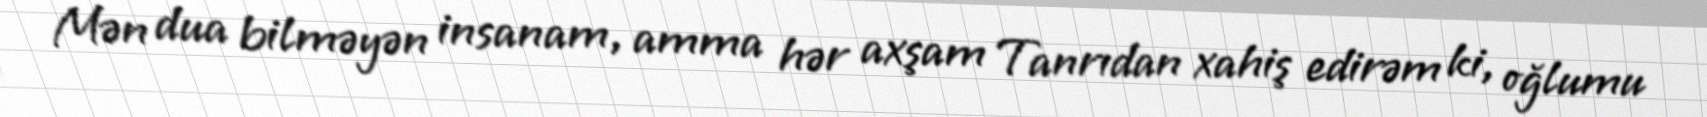
Mən dua bilməyən insanam, amma hər axşam Tanrıdan xahiş edirəm ki, oğlumu